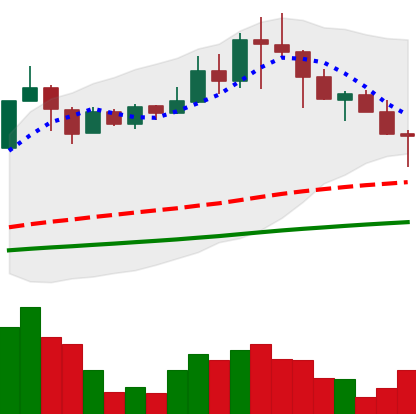
Ticker: TRX-USD
Chart end date: 2021-04-23
Forward return: 12.528%
Label: up_7plus